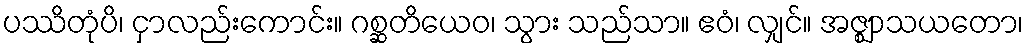
ပဿိတုံပိ၊ ငှာလည်းကောင်း။ ဂစ္ဆတိယေဝ၊ သွား သည်သာ။ ဧဝံ၊ လျှင်။ အဇ္ဈာသယတော၊